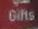
gifts